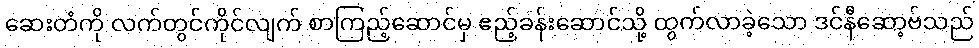
ဆေးတံကို လက်တွင်ကိုင်လျက် စာကြည့်ဆောင်မှ ဧည့်ခန်းဆောင်သို့ ထွက်လာခဲ့သော ဒင်နီဆော့ဗ်သည်